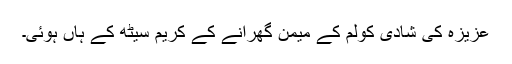
عزیزہ کی شادی کولّم کے میمن گھرانے کے کریم سیٹھ کے ہاں ہوئی۔